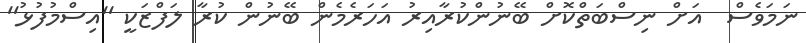
ނަމަވެސް  އަށް ނިސްބަތްކޮށް ބޭނުންކުރާއިރު އަހަރެމެން ބޭނުން ކުރާ ލަފްޒަކީ ''އިސްމުފުޅު''